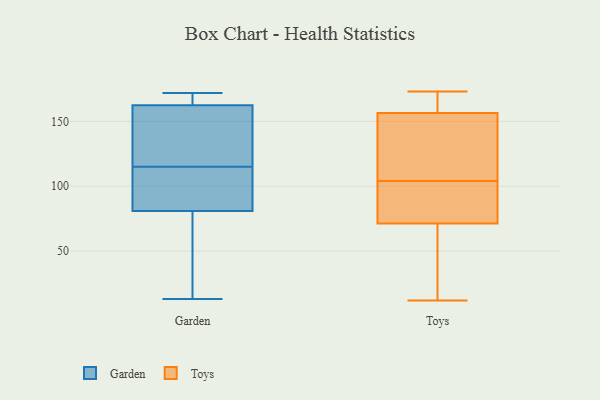
{"axis": {"x": "Backlog", "y": "Value"}, "legend": ["Garden", "Toys"], "data": [{"x": "", "y": 167, "type": "Garden"}, {"x": "", "y": 164, "type": "Garden"}, {"x": "", "y": 106, "type": "Garden"}, {"x": "", "y": 161, "type": "Garden"}, {"x": "", "y": 169, "type": "Garden"}, {"x": "", "y": 155, "type": "Garden"}, {"x": "", "y": 125, "type": "Garden"}, {"x": "", "y": 13, "type": "Garden"}, {"x": "", "y": 34, "type": "Garden"}, {"x": "", "y": 62, "type": "Garden"}, {"x": "", "y": 85, "type": "Garden"}, {"x": "", "y": 146, "type": "Garden"}, {"x": "", "y": 77, "type": "Garden"}, {"x": "", "y": 122, "type": "Garden"}, {"x": "", "y": 47, "type": "Garden"}, {"x": "", "y": 98, "type": "Garden"}, {"x": "", "y": 108, "type": "Garden"}, {"x": "", "y": 104, "type": "Garden"}, {"x": "", "y": 172, "type": "Garden"}, {"x": "", "y": 168, "type": "Garden"}, {"x": "", "y": 165, "type": "Toys"}, {"x": "", "y": 29, "type": "Toys"}, {"x": "", "y": 104, "type": "Toys"}, {"x": "", "y": 65, "type": "Toys"}, {"x": "", "y": 12, "type": "Toys"}, {"x": "", "y": 146, "type": "Toys"}, {"x": "", "y": 173, "type": "Toys"}, {"x": "", "y": 114, "type": "Toys"}, {"x": "", "y": 101, "type": "Toys"}, {"x": "", "y": 103, "type": "Toys"}, {"x": "", "y": 104, "type": "Toys"}, {"x": "", "y": 169, "type": "Toys"}, {"x": "", "y": 90, "type": "Toys"}, {"x": "", "y": 160, "type": "Toys"}, {"x": "", "y": 31, "type": "Toys"}]}